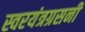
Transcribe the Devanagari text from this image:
स्वरयंत्रग्रसनी